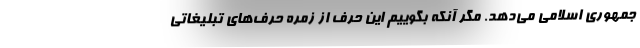
جمهوری اسلامی می‌دهد. مگر آنکه بگوییم این حرف از زمره حرف‌های تبلیغاتی